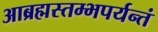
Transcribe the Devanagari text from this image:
आब्रह्मस्तम्भपर्यन्तं